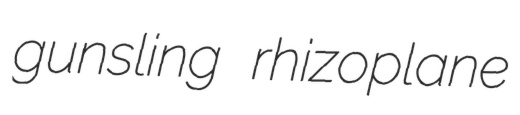
gunsling rhizoplane